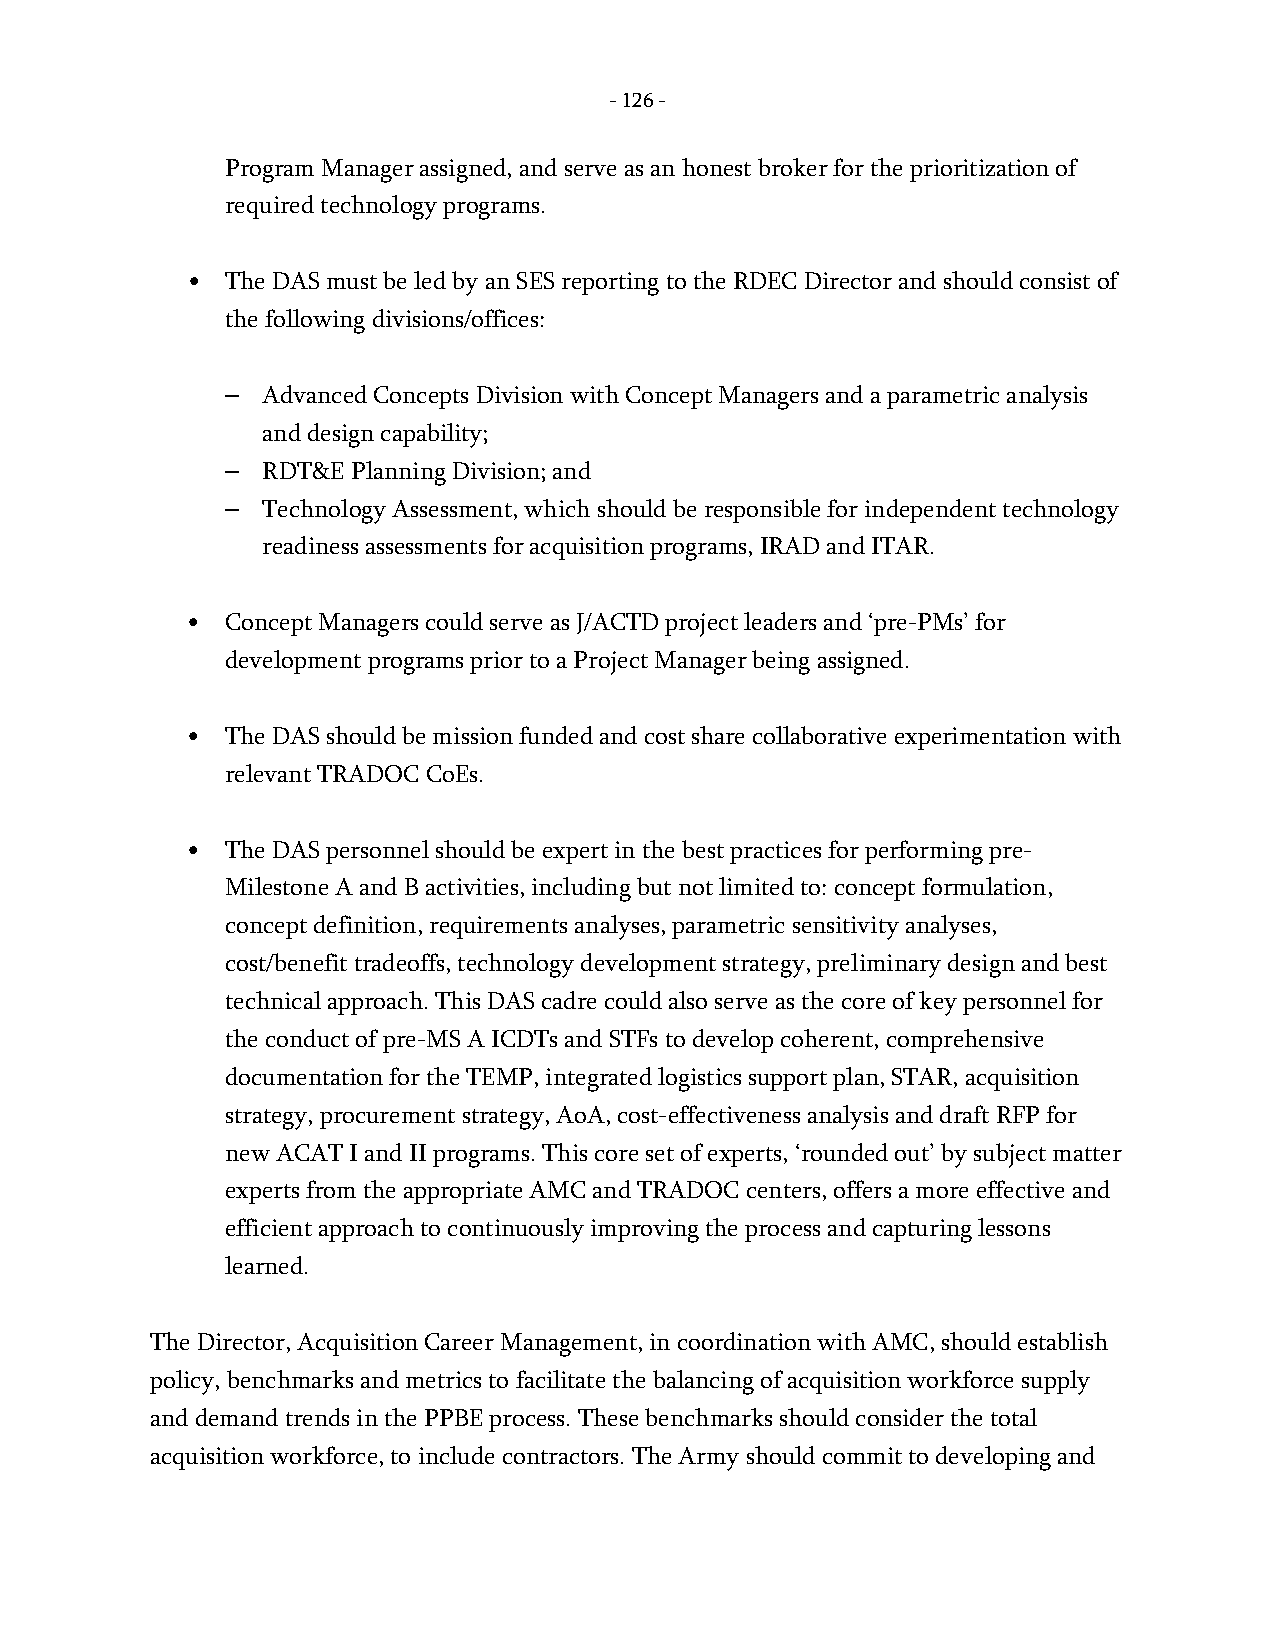
- 126 -
 Program Manager assigned, and serve as an honest broker for the prioritization of
 required technology programs.
 •  The DAS must be led by an SES reporting to the RDEC Director and should consist of
 the following divisions/offices:
 – Advanced Concepts Division with Concept Managers and a parametric analysis
 and design capability;
 – RDT&E Planning Division; and
 – Technology Assessment, which should be responsible for independent technology
 readiness assessments for acquisition programs, IRAD and ITAR.
 •  Concept Managers could serve as J/ACTD project leaders and ‘pre-PMs’ for
 development programs prior to a Project Manager being assigned.
 •  The DAS should be mission funded and cost share collaborative experimentation with
 relevant TRADOC CoEs.
 •  The DAS personnel should be expert in the best practices for performing pre-
 Milestone A and B activities, including but not limited to: concept formulation,
 concept definition, requirements analyses, parametric sensitivity analyses,
 cost/benefit tradeoffs, technology development strategy, preliminary design and best
 technical approach. This DAS cadre could also serve as the core of key personnel for
 the conduct of pre-MS A ICDTs and STFs to develop coherent, comprehensive
 documentation for the TEMP, integrated logistics support plan, STAR, acquisition
 strategy, procurement strategy, AoA, cost-effectiveness analysis and draft RFP for
 new ACAT I and II programs. This core set of experts, ‘rounded out’ by subject matter
 experts from the appropriate AMC and TRADOC centers, offers a more effective and
 efficient approach to continuously improving the process and capturing lessons
 learned.
 The Director, Acquisition Career Management, in coordination with AMC, should establish
 policy, benchmarks and metrics to facilitate the balancing of acquisition workforce supply
 and demand trends in the PPBE process. These benchmarks should consider the total
 acquisition workforce, to include contractors. The Army should commit to developing and
 -
 126
 -